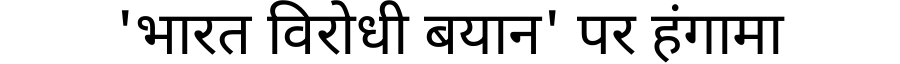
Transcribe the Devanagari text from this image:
'भारत विरोधी बयान' पर हंगामा